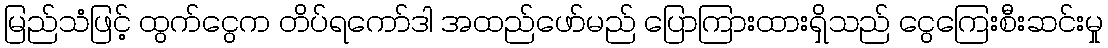
မြည်သံဖြင့် ထွက်ငွေက တိပ်ရကော်ဒါ အထည်ဖော်မည် ပြောကြားထားရှိသည် ငွေကြေးစီးဆင်းမှု